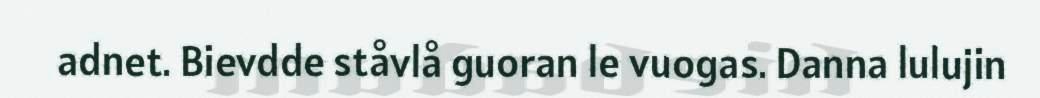
adnet. Bievdde ståvlå guoran le vuogas. Danna lulujin